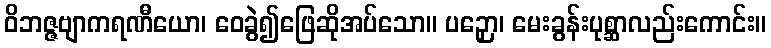
ဝိဘဇ္ဇဗျာကရဏီယော၊ ဝေခွဲ၍ဖြေဆိုအပ်သော။ ပဉှော၊ မေးခွန်းပုစ္ဆာလည်းကောင်း။